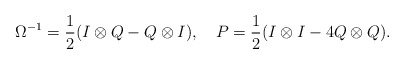
\begin{align*}\Omega^{-1}= \frac{1}{2}(I\otimes Q-Q\otimes I), ~~~ P=\frac{1}{2}(I\otimes I-4 Q\otimes Q).\end{align*}